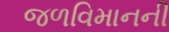
જળવિમાનની